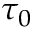
\tau _ { 0 }